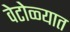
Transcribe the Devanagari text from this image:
वेटोळ्यात